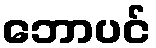
ဘောပင်